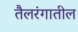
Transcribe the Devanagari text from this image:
तैलरंगातील